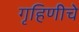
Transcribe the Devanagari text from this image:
गृहिणीचे